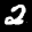
Label: 2